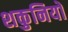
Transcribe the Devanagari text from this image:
शकुनियों